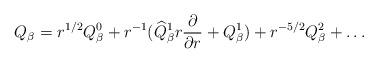
LaTeX: \begin{align*}Q_\beta=r^{1/2}Q_\beta^0+r^{-1}(\widehat{Q}_\beta^1r\frac{\partial}{\partial r}+Q_\beta^1)+r^{-5/2}Q_\beta^2+\ldots\end{align*}